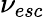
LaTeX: \nu_{esc}